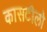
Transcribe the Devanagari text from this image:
कासटीलो